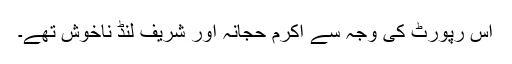
اس رپورٹ کی وجہ سے اکرم حجانہ اور شریف لنڈ ناخوش تھے۔